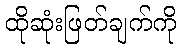
ထိုဆုံးဖြတ်ချက်ကို